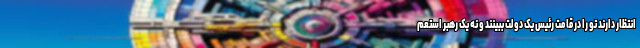
انتظار دارند تو را در قامت رئیس یک دولت ببینند و نه یک رهبر استعم